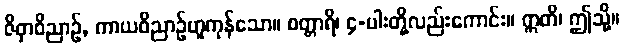
ဇိဝှာဝိညာဉ်, ကာယဝိညာဉ်ဟူကုန်သော။ စတ္တာရိ၊ ၄-ပါးတို့လည်းကောင်း။ ဣတိ၊ ဤသို့။